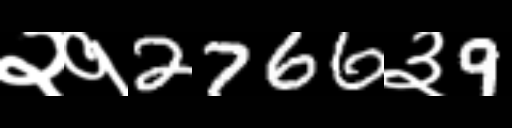
Text: २१2766३9